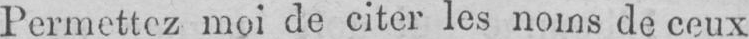
Permettez moi de citer les noms de ceux